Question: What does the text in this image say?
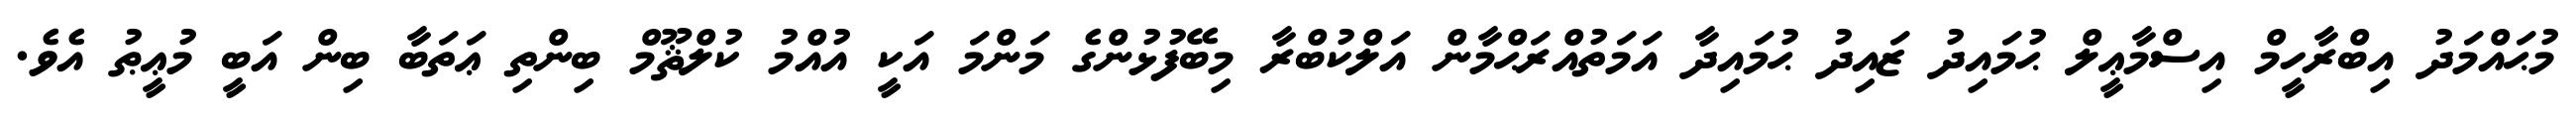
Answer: މުޙައްމަދު އިބްރާހީމް އިސްމާޢީލް ޙުމައިދު ޒައިދު ޙުމައިދާ އަމަތުއްރަޙްމާން އަލްކުބްރާ މިބޭފުޅުންގެ މަންމަ އަކީ އުއްމު ކުލްޘޫމް ބިންތި ޢަތަބާ ބިން އަބީ މުޢީޠު އެވެ.